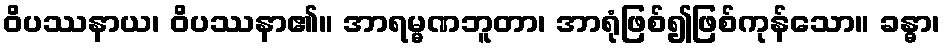
ဝိပဿနာယ၊ ဝိပဿနာ၏။ အာရမ္မဏဘူတာ၊ အာရုံဖြစ်၍ဖြစ်ကုန်သော။ ခန္ဓာ၊